Civil Veterinary Department Bihar reports 1940-50 - 1940-1950
Year: 1940
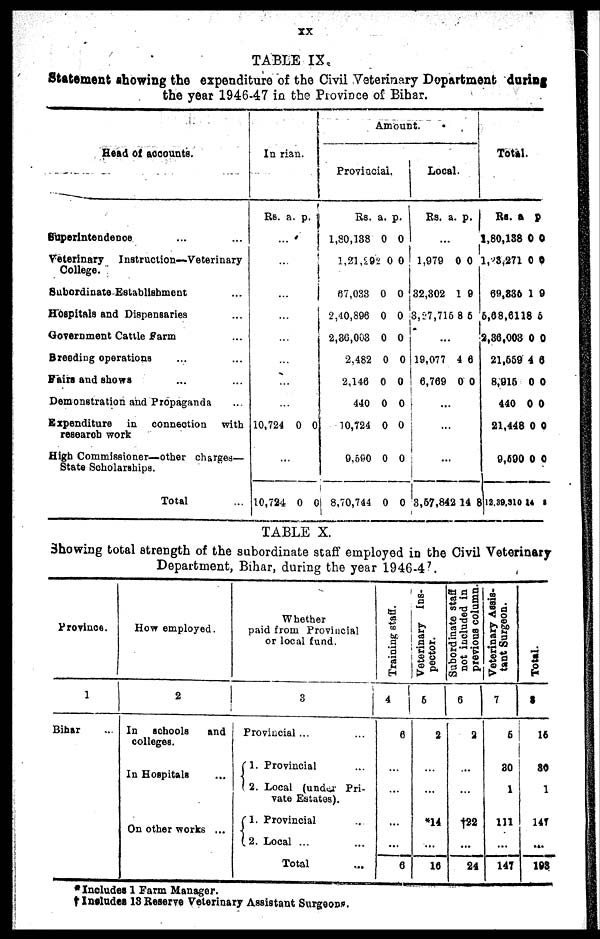
XX
TABLE IX
Statement showing the expenditure of the Civil Veterinary Department during
the year 1946-47 in the Province of Bihar.
Head of accounts.
Superintendence ... ...
Veterinary
Instruction—Veterinary
College.
Subordinate Establishment ...
Hospitals and Dispensaries ...
Government Cattle farm ...
Breeding operations
Fairs and shows ... ...
Demonstration and Propaganda ...
Expenditure
in connection
with
research work
High Commissioner—other charges—
State Scholarships.
Total ...
In rian.
Rs.
...
...
...
...
...
...
...
...
10,724
...
10,724
a.
0
0
p.
0
0
Amount.
Provincial.
Rs.
1,80,138
1,21,292
67,033
2,40,896
2,30,003
2.482
2,146
440
10,724
9,590
8,70,744
a.
0
0
0
0
0
0
0
0
0
0
0
p.
0
0
0
0
0
0
0
0
0
0
0
Local.
Rs.
...
1,979
32,302
3,27,715
19,077
6,769
...
...
...
3,57,842
a.
0
1
8
4
0
14
p.
0
9
6
6
0
8
Total.
Rs. a
1,80,138
1,23,271
69,835
5,68,61
2,36,003
21,559
8,016
440
21,448
9,690
12,39,310
a.
0
0
1
18
0
4
0
0
0
0
14
p
0
0
9
5
0
6
0
0
0
0
5
TABLE X.
Showing total strength of the subordinate staff employed in the Civil Veterinary
Department, Bihar, during the year 1946-47.
Province.
1
Bihar ..
How employed.
2
In
schools
and
colleges.
In Hospitals
On other works ...
Whether
paid from Provincial
or local fund.
3
Provincial ... ...
1. Provincial ...
2. Local (under Pri-
vate Estates).
1.
Provincial ...
2. Local ... ...
Total ...
Training staff.
4
6
...
...
...
...
6
Veterinary Ins-
pector.
6
2
...
...
*14
...
16
Subordinate staff
not included in
previous column.
6
2
...
...
†22
...
24
Veterinary Assis-
tant Surgeon.
7
6
80
1
111
...
147
Total.
8
16
80
1
147
...
193
* Includes 1 Farm Manager.
† Includes 13 Reserve Veterinary Assistant Surgeons.